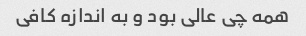
همه چی عالی بود و به اندازه کافی